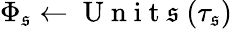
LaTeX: {\Phi_{\mathfrak{s}}}\gets\mathrm{{~U~n~i~t~\mathfrak{s}~}}({\tau_{\mathfrak{s}}})